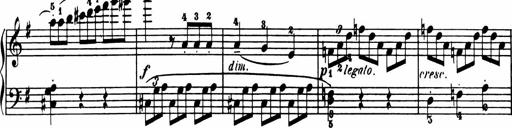
Title: Sonatina in G major
Composer: Friedrich Kuhlau
Key: G major